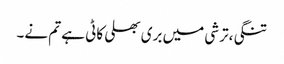
تنگی،ترشی میں بری بھلی کاٹی ہے تم نے۔